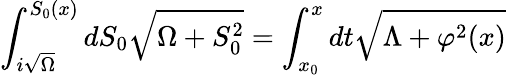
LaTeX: \int_{i\sqrt\Omega}^{S_{0}(x)}{dS_{0}\sqrt{\Omega+S_{0}^{2}}}=\int_{x_{0}}^{x}{dt\sqrt{\Lambda+\varphi^{2}(x)}}